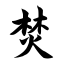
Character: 焚